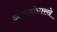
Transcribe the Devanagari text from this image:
औषधांसारखे